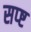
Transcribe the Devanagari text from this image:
सप्ष्ट